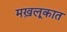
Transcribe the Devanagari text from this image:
मख़लूकात